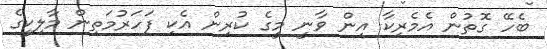
ބެހޭ ގޮތުން އެމެރިކާ އިން ވާނީ މީގެ ކުރިން އެކި ފަހަރުމަތިން މާލިކީގެ